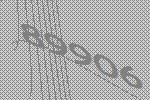
89906